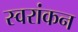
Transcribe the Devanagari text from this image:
स्वरांकन